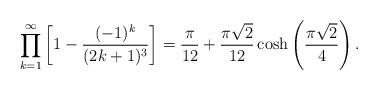
LaTeX: \begin{align*}\prod_{k=1}^\infty\left[1-\frac{(-1)^k}{(2k+1)^3}\right]=\frac{\pi}{12} + \frac{\pi\sqrt{2}}{12}\cosh\left(\frac{\pi\sqrt{2}}{4}\right).\end{align*}